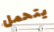
يتحمل